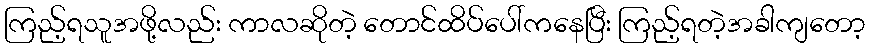
ကြည့်ရသူအဖို့လည်း ကာလဆိုတဲ့ တောင်ထိပ်ပေါ်ကနေပြီး ကြည့်ရတဲ့အခါကျတော့